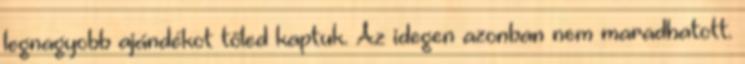
legnagyobb ajándékot tőled kaptuk. Az idegen azonban nem maradhatott.